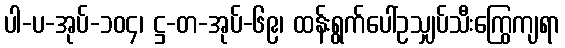
ပါ-ပ-အုပ်-၁၀၄၊ ဋ္ဌ-တ-အုပ်-၆၉၊ ထန်းရွက်ပေါ်ဥသျှပ်သီးကြွေကျရာ